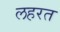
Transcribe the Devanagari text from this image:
लहरत